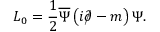
{ \cal L } _ { 0 } = \frac 1 2 \overline { { \Psi } } \left( i \rlap \slash \partial - m \right) \Psi .